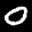
Label: 0